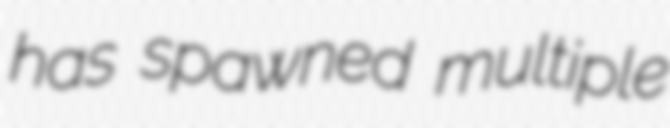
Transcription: has spawned multiple